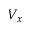
V _ { x }